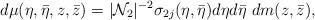
LaTeX: \begin{align*}d\mu(\eta ,\bar \eta, z, \bar z ) = \vert {\cal N}_2 \vert^{-2} \sigma_{2j}(\eta, \bar \eta) d\eta d\bar\eta~ dm( z, \bar z ),\end{align*}